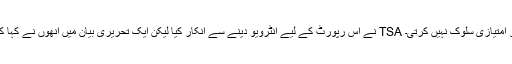
TSA کے ترجمان Greg Soule نے اس رپورٹ کے لیے انٹرویو دینے سے انکار کیا لیکن ایک تحریری بیان میں انھوں نے کہا کہ TSA کسی کے ساتھ نسل یامذہب کی بنیاد پر امتیازی سلوک نہیں کرتی۔